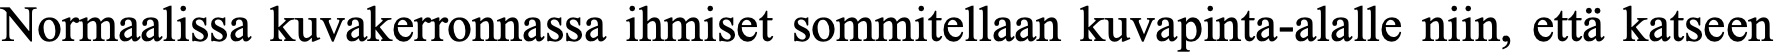
Normaalissa kuvakerronnassa ihmiset sommitellaan kuvapinta-alalle niin, että katseen